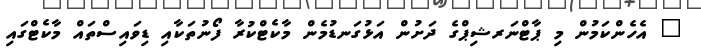
" އެހެންކަމުން މި ޕާޓްނަރޝިޕްގެ ދަށުން އަޅުގަނޑުމެން މާކެޓްކުރާ ފޯނުތަކާއި ޑިވައިސްތައް މާކެޓްގައި